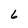
Character: 6